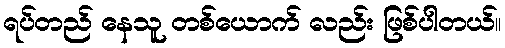
ရပ်တည် နေသူ တစ်ယောက် လည်း ဖြစ်ပါတယ်။